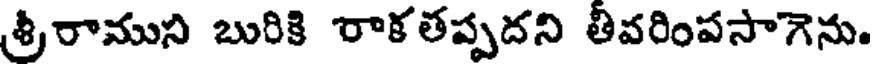
శ్రీరాముని బురికి రాకతప్పదని తీవరింపసాగెను.